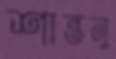
শান্তনু